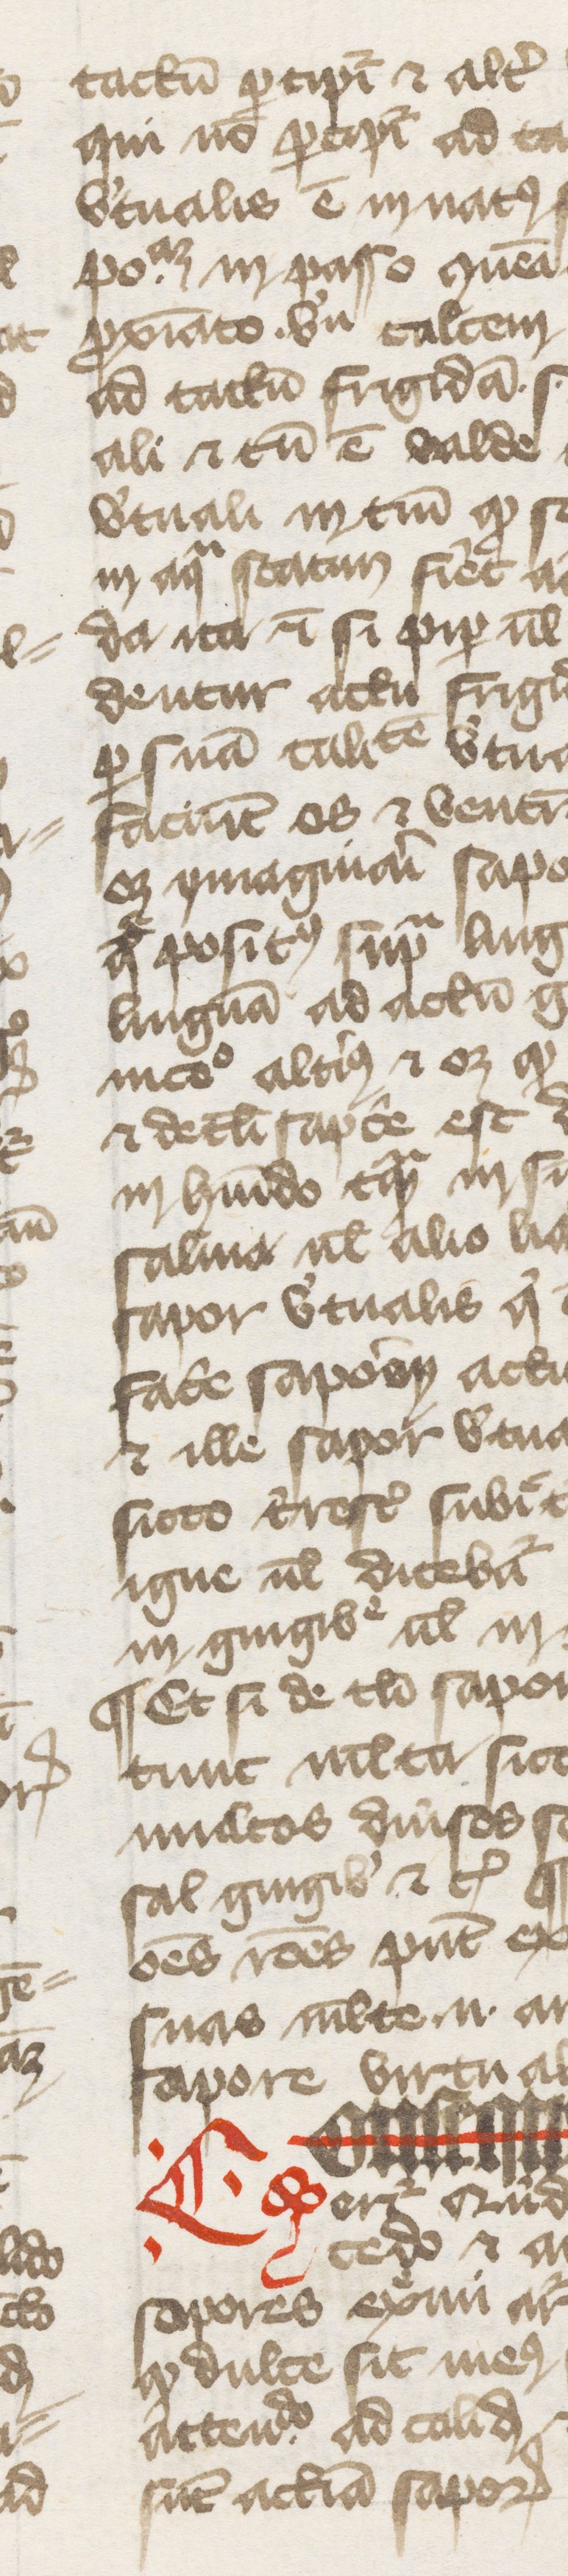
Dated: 1374–1374